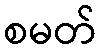
စမတ်